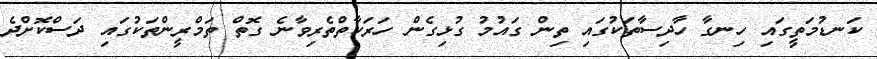
ކަނޑުމަތީގައި ހިނގާ ހާދިސާތަކުގައި ތިން ގައުމު ގުޅިގެން ހަރަކާތްތެރިވާނެ ގޮތް ތަމްރީންތަކުގައި ދަސްކޮށްދެ